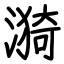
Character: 漪